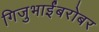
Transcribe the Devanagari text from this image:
गिजुभाईंबरोबर